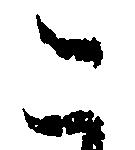
こ